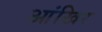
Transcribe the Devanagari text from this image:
आंखिर